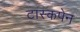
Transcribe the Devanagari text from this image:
टास्कपेन